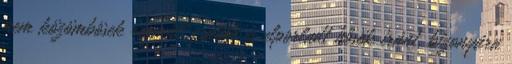
nem közömbösek régmúlt csaták és elporladt hősök iránt, bizonyára